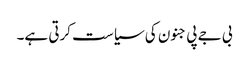
بی جے پی جنون کی سیاست کرتی ہے۔